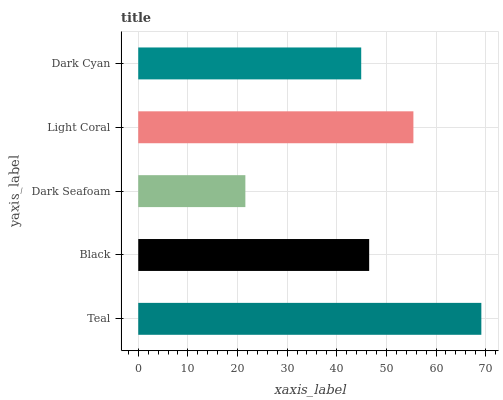
| yaxis_label | bars |
 | --- | --- |
 | Teal | 69.1 |
 | Black | 46.5 |
 | Dark Seafoam | 21.6 |
 | Light Coral | 55.4 |
 | Dark Cyan | 44.9 |